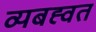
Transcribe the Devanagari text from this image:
व्यबह्वत